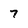
Character: 7